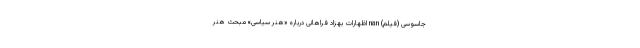
جاسوسی (فیلم) nan اظهارات بهزاد فراهانی درباره «هنر سیاسی» مبحث هنر